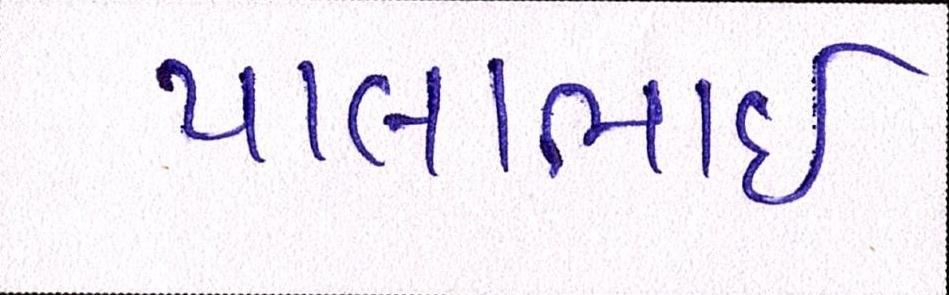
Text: પાલાભાઇ